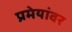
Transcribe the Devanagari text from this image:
प्रमेयांवर